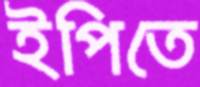
ইপিতে